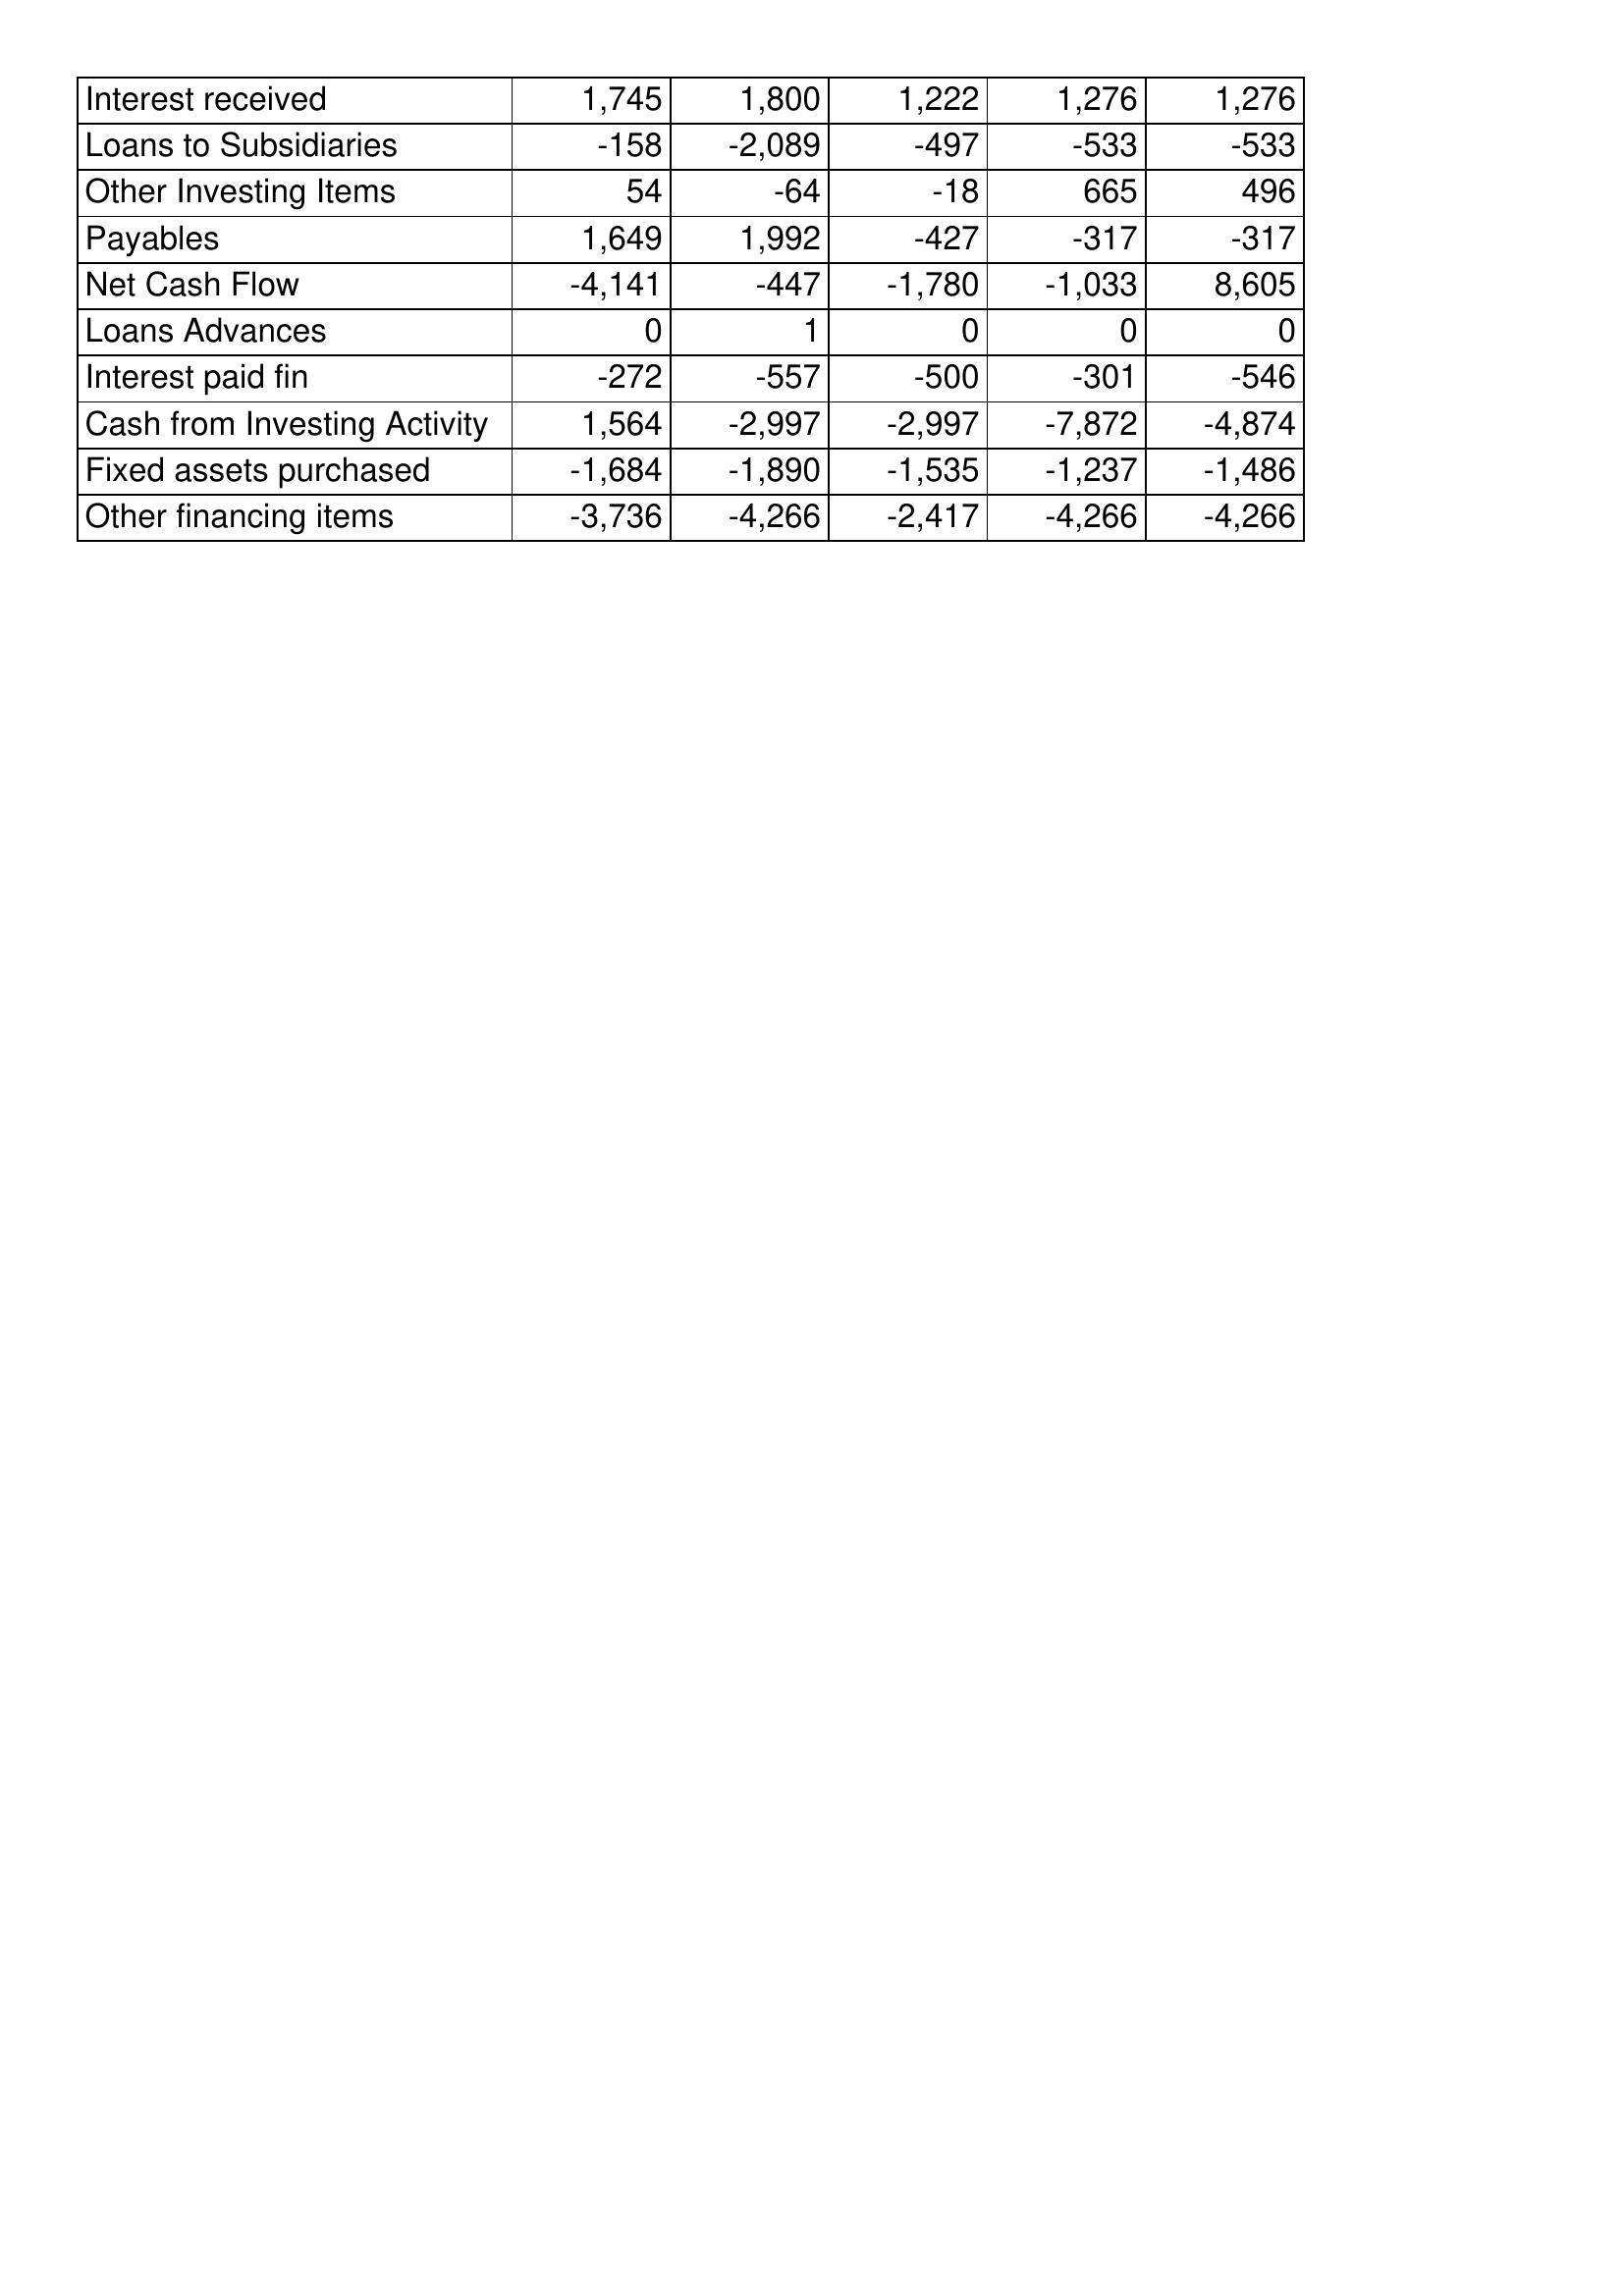
Aug-10: Cash Flows: Interest received: 1,745
Loans to Subsidiaries: -158
Other Investing Items: 54
Payables: 1,649
Net Cash Flow: -4,141
Loans Advances: 0
Interest paid fin: -272
Cash from Investing Activity: 1,564
Fixed assets purchased: -1,684
Other financing items: -3,736
Aug-11: Cash Flows: Interest received: 1,800
Loans to Subsidiaries: -2,089
Other Investing Items: -64
Payables: 1,992
Net Cash Flow: -447
Loans Advances: 1
Interest paid fin: -557
Cash from Investing Activity: -2,997
Fixed assets purchased: -1,890
Other financing items: -4,266
Aug-12: Cash Flows: Interest received: 1,222
Loans to Subsidiaries: -497
Other Investing Items: -18
Payables: -427
Net Cash Flow: -1,780
Loans Advances: 0
Interest paid fin: -500
Cash from Investing Activity: -2,997
Fixed assets purchased: -1,535
Other financing items: -2,417
Aug-13: Cash Flows: Interest received: 1,276
Loans to Subsidiaries: -533
Other Investing Items: 665
Payables: -317
Net Cash Flow: -1,033
Loans Advances: 0
Interest paid fin: -301
Cash from Investing Activity: -7,872
Fixed assets purchased: -1,237
Other financing items: -4,266
Aug-14: Cash Flows: Interest received: 1,276
Loans to Subsidiaries: -533
Other Investing Items: 496
Payables: -317
Net Cash Flow: 8,605
Loans Advances: 0
Interest paid fin: -546
Cash from Investing Activity: -4,874
Fixed assets purchased: -1,486
Other financing items: -4,266